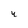
Character: 4